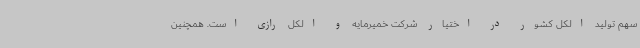
سهم تولید الکل کشور در اختیار شرکت خمیرمایه و الکل رازی است. همچنین